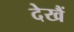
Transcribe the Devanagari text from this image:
देखैं